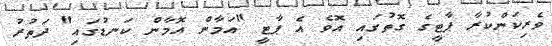
ވެރިކަންކުރާ ޕާޓީގެ ގޮތުގައި އޮވެ އެ ޕާޓީ "އަމާން އޮމާން ކަނޑުގައި" ދަތުރު